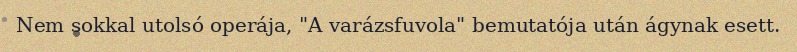
Nem sokkal utolsó operája, "A varázsfuvola" bemutatója után ágynak esett.